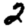
Digit: 2